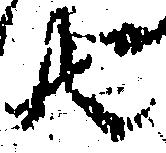
共